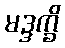
မဒ္ဒက္ခိ